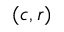
( c , r )